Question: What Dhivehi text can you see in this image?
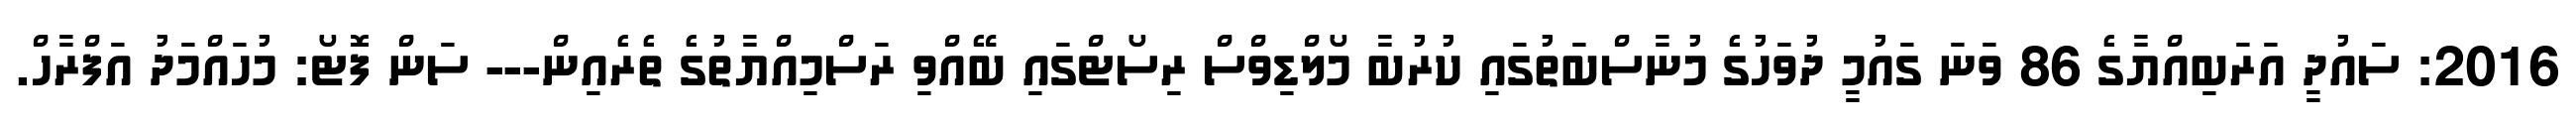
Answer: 2016: ސައުދީ އަރަބިއްޔާގެ 86 ވަނަ ގައުމީ ދުވަހުގެ މުނާސްބަތުގައި ކުރުބާ މޯލްޑިވްސް ރިސޯޓްގައި ބޭއްވި ރަސްމިއްޔާތުގެ ތެރެއިން--- ސަން ފޮޓޯ: މުހައްމަދު އަފްރާހް.